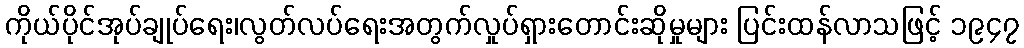
ကိုယ်ပိုင်အုပ်ချုပ်ရေး၊လွတ်လပ်ရေးအတွက်လှုပ်ရှားတောင်းဆိုမှုများ ပြင်းထန်လာသဖြင့် ၁၉၄၇